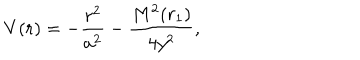
LaTeX: V ( r ) = - \frac { r ^ { 2 } } { a ^ { 2 } } - \frac { M ^ { 2 } ( r _ { 1 } ) } { 4 y ^ { 2 } } ,